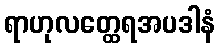
ရာဟုလတ္ထေရအပဒါနံ